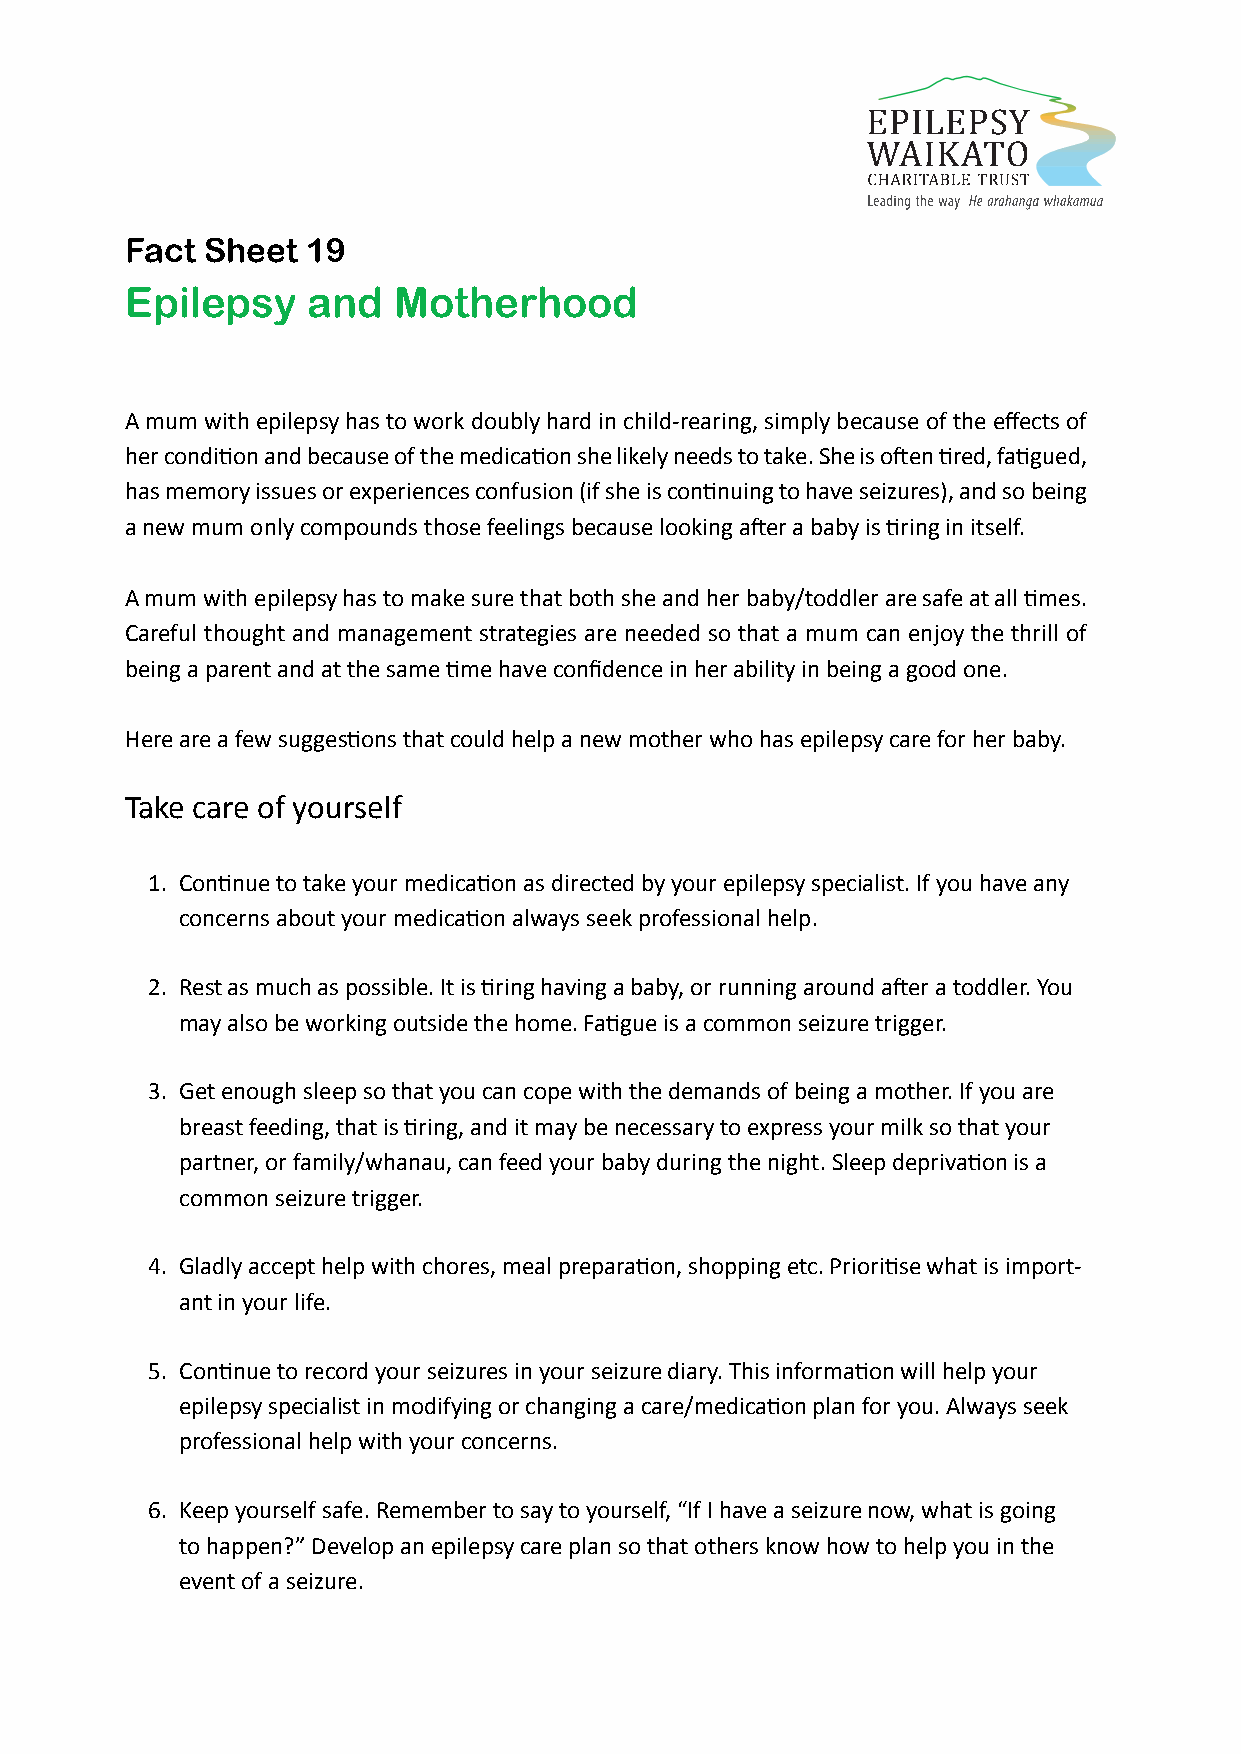
Fact  Sheet 19
 Epilepsy    and   Motherhood
 A mum with epilepsy has to work doubly hard in child-rearing, simply because of the effects of
 her condition and because of the medication she likely needs to take. She is often tired, fatigued,
 has memory issues or experiences confusion (if she is continuing to have seizures), and so being
 a new mum only compounds those feelings because looking after a baby is tiring in itself.
 A mum with epilepsy has to make sure that both she and her baby/toddler are safe at all times.
 Careful thought and management strategies are needed so that a mum can enjoy the thrill of
 being a parent and at the same time have confidence in her ability in being a good one.
 Here are a few suggestions that could help a new mother who has epilepsy care for her baby.
 Take care of yourself
 1. Continue to take your medication as directed by your epilepsy specialist. If you have any
 concerns about your medication always seek professional help.
 2. Rest as much as possible. It is tiring having a baby, or running around after a toddler. You
 may also be working outside the home. Fatigue is a common seizure trigger.
 3. Get enough sleep so that you can cope with the demands of being a mother. If you are
 breast feeding, that is tiring, and it may be necessary to express your milk so that your
 partner, or family/whanau, can feed your baby during the night. Sleep deprivation is a
 common seizure trigger.
 4. Gladly accept help with chores, meal preparation, shopping etc. Prioritise what is import-
 ant in your life.
 5. Continue to record your seizures in your seizure diary. This information will help your
 epilepsy specialist in modifying or changing a care/medication plan for you. Always seek
 professional help with your concerns.
 6. Keep yourself safe. Remember to say to yourself, “If I have a seizure now, what is going
 to happen?” Develop an epilepsy care plan so that others know how to help you in the
 event of a seizure.